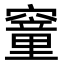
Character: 䆹